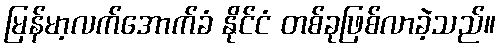
မြန်မာ့လက်အောက်ခံ နိုင်ငံ တစ်ခုဖြစ်လာခဲ့သည်။